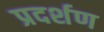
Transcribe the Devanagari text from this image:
प्रदर्शण